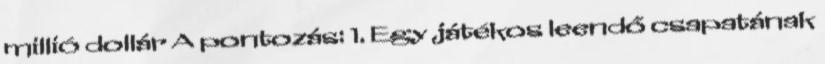
millió dollár A pontozás: 1. Egy játékos leendő csapatának